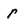
Character: r